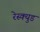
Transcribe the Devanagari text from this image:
रेस्क्युड